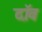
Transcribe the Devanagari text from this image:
दॉंव